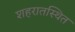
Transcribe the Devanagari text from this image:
शहरातस्थित